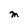
Character: M